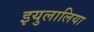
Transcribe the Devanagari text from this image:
इयुलालिया